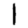
Digit: 1